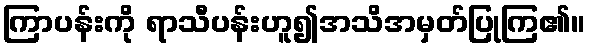
ကြာပန်းကို ရာသီပန်းဟူ၍အသိအမှတ်ပြုကြ၏။